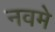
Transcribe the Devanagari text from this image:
नवमे